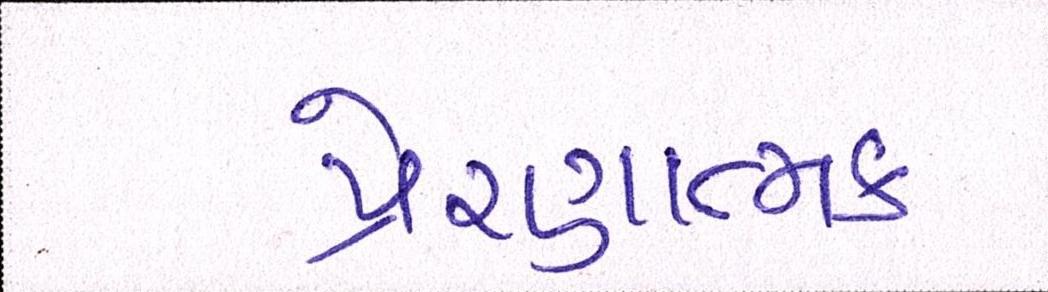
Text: પ્રેરણાત્મક